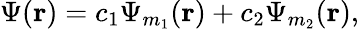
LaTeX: \Psi(\mathbf{r})=c_{1}\Psi_{m_{1}}(\mathbf{r})+c_{2}\Psi_{m_{2}}(\mathbf{r}),